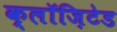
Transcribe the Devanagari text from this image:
क्लॉज़िटेड